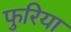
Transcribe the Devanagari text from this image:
फुरिया